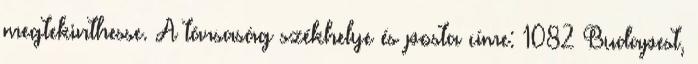
megtekinthesse. A társaság székhelye és posta címe: 1082 Budapest,